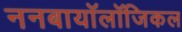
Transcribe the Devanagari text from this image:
ननबायाॅलाॅजिकल